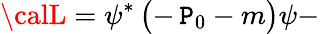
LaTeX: {\calL}=\psi^{*}\, \bigl(-\, \mathtt{P}_{0}-m\bigr)\psi-